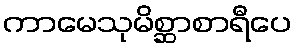
ကာမေသုမိစ္ဆာစာရီပေ